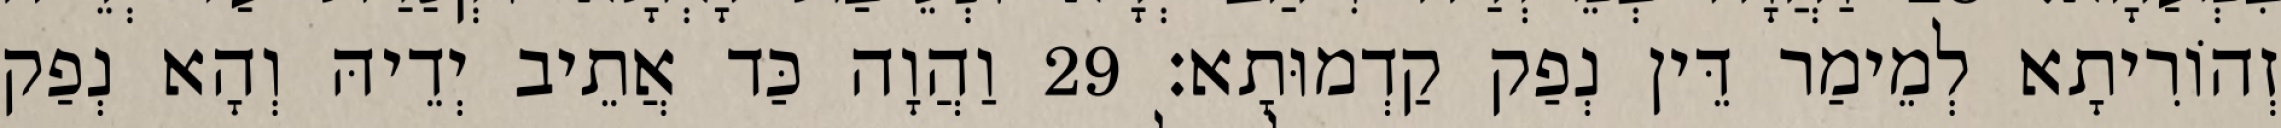
זְהוֹרִיתָא לְמֵימַר דֵּין נְפַק קַדְמוּתָא׃ 29 וַהֲוָה כַּד אֲתֵיב יְדֵיהּ וְהָא נְפַק